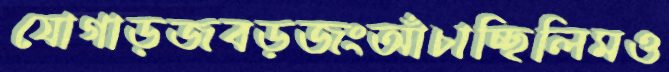
যোগাড়জবড়জংআঁচাচ্ছিলিমও